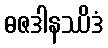
ဓဇဒါနဿိဒံ